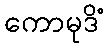
ကောမုဒိံ